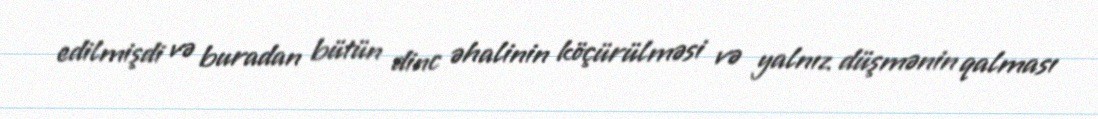
edilmişdi və buradan bütün dinc əhalinin köçürülməsi və yalnız düşmənin qalması